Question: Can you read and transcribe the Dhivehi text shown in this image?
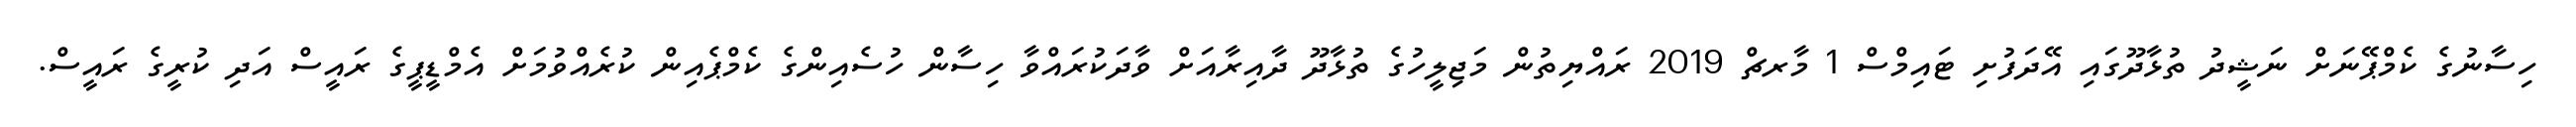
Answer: ހިސާނުގެ ކެމްޕޭނަށް ނަޝީދު ތުޅާދޫގައި އޭދަފުށި ޓައިމްސް 1 މާރޗް 2019 ރައްޔިތުން މަޖިލީހުގެ ތުޅާދޫ ދާއިރާއަށް ވާދަކުރައްވާ ހިސާން ހުސެއިންގެ ކެމްޕެއިން ކުރެއްވުމަށް އެމްޑީޕީގެ ރައީސް އަދި ކުރީގެ ރައީސް.